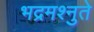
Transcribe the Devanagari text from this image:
भद्रमश्नुते